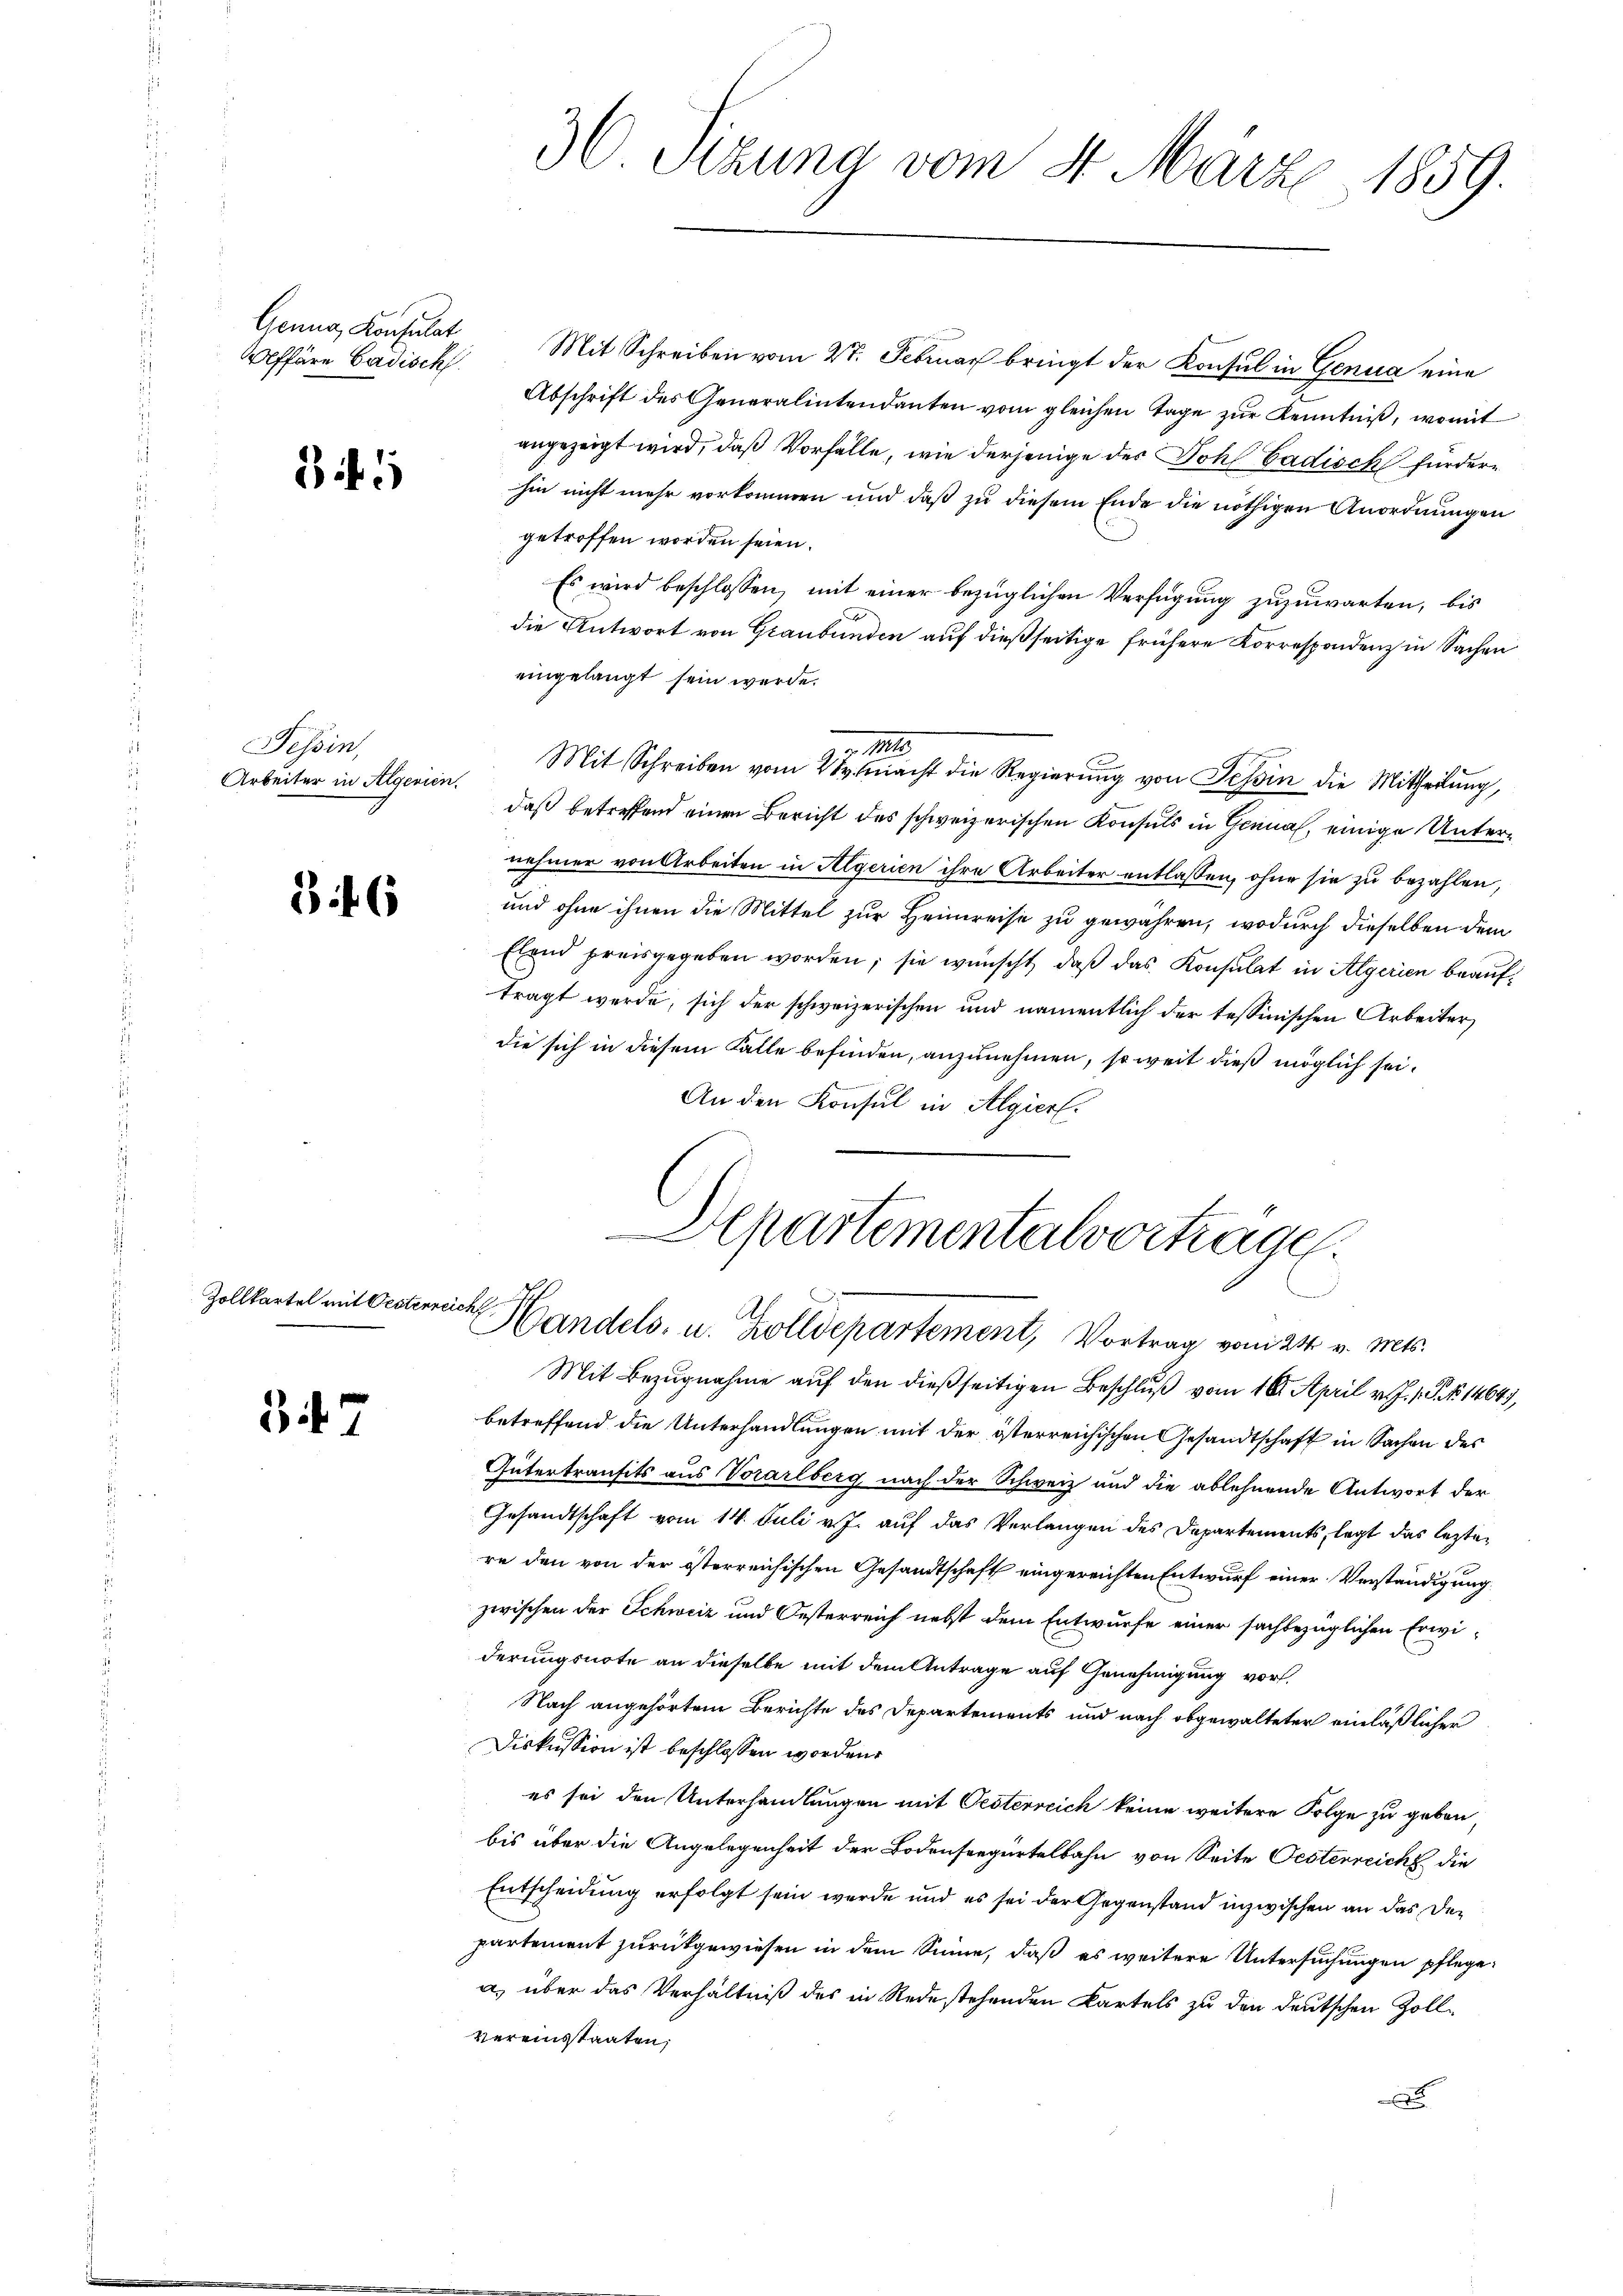
Genug, Konsulat
Affäre Cadisch

3 f 1

Tessin,
Arbeiter in Algerien.

3 f. 6

Zollkartel mit Oesterreich

3

Mit Schreiben vom 27. Februar bringt der Konsul in Genua eine
Abschrift des Generalintendanten vom gleichen Tage zur Kenntniß, womit
angezeigt wird, daß Vorfälle, wie derjenige der Dohl badisch fürderhin nicht mehr vorkommen und daß zu diesem Ende die nöthigen Anordnungen
getroffen worden seien.
Es wird beschlossen, mit einer bezüglichen Verfügung zuzuwarten, bis
die Antwort von Graubünden auf dießseitige frühere Korrespondenz in Sachen
eingelangt sein werde.

Mit Schreiben vom 27. Macht die Regierung von Tessin die Mittheilung,
daß betreffend einen Bericht des schweizerischen Konsuls in Genua, einige Unternehmer von Arbeiten in Algerien ihre Arbeiter entlassen, ohne sie zu bezahlen,
und ohne ihnen die Mittel zur Heimreise zu gewähren, wodurch dieselben dem
Elend preisgegeben worden; sie wünscht, daß das Konsulat in Algerien beauftragt werde, sich der schweizerischen und namentlich der tessinischen Arbeiter
die sich in diesem Falle befinden, anzunehmen, so weit dieß möglich sei¬
.
An den Konsul in Algiert.

36 Sizung vom 4. März 1859.

Apartementalvortrage.
Handels- u. Zolldepartement, Vortrag vom 24. v. Mts.

Mit Bezugnahme auf den dießseitigen Beschluß vom 16. April v. J. J. P. No 1464),
betreffend die Unterhandlungen mit der österreichischen Gesandtschaft in Sachen des
Gütertrausits aus Vorarlberg nach der Schweiz und die ablehnende Antwort der
Gesandtschaft vom 14. Juli v. J. auf das Verlangen des Departements, legt das leztere den von der österreichischen Gesandtschaft eingereichten Entwurf einer Verständigung
zwischen der Schweiz und Oesterreich nebst dem Entwurfe einer sachbezüglichen Erwiderungsnote an dieselbe mit dem Antrage auf Genehmigung vor¬
Nach angehörtem Berichte des Departements und nach obgewalteter einläßlicher
Diskussion ist beschlossen worden.
es sei den Unterhandlungen mit Oesterreich keine weitere Folge zu geben
bis über die Angelegenheit der Bodenseegürtelbahn von Seite Oesterreicht die
Entscheidung erfolgt sein werde und es sei der Gegenstand inzwischen an das Departement zurückgewiesen in dem Sinne, daß es weitere Untersuchungen pflegea) über das Verhältniß des in Rede stehenden Kartels zu den deutschen Zollvereinstaaten,
x